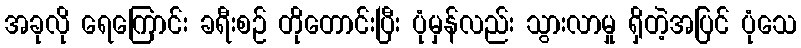
အခုလို ရေကြောင်း ခရီးစဉ် တိုတောင်းပြီး ပုံမှန်လည်း သွားလာမှု ရှိတဲ့အပြင် ပုံသေ